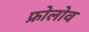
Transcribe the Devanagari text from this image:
फ्रोलोव